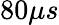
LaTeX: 80\mu s